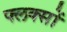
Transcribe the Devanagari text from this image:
फ्लक्सों